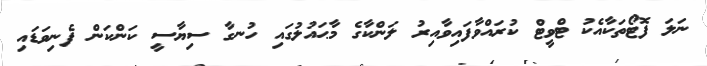
ނަލަ ފޮޓޯތަކާއެކު ޓްވީޓް ކުރައްވާފައިވާއިރު ލަންކާގެ މާޙައުލުގައި ހުނގާ ސިޔާސީ ކަންކަން ފެނިވަޑައި